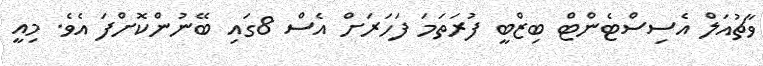
ވާޗުއަލް އެސިސްޓެންޓް ބިޒްބީ ފުރަތަމަ ފަހަރަށް އެސް 8ގައި ބޭނުންކޮށްފަ އެވެ. މިއީ